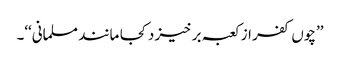
’’چوں کفر از کعبہ بر خیز د کجا مانند مسلمانی‘‘۔